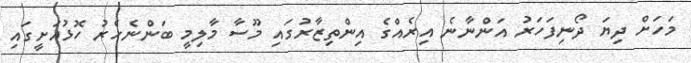
މަހަށް ދިޔަ ދޯނިފަހަރު އަންނާނެ އިރެއްގެ އިންތިޒާރުގައި މޫސާ މާލިމީ ބަންނެހެރު ހޮޅުއަށީގައި